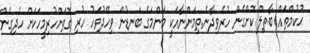
ޙުކުމްތައް ބާޠިލް ކޮށްގެން ހުރެވިދާނެ.ތިމަންނާއަކީ މަންމަގެ ބަނޑުން ވިހޭދުވަހު ހުރި ގޮތަށްހުރިމީހަކަށް ހެދިގެން